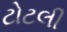
ટોટલી